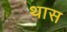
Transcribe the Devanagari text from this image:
थास